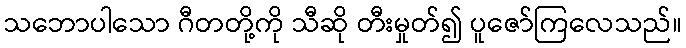
သဘောပါသော ဂီတတို့ကို သီဆို တီးမှုတ်၍ ပူဇော်ကြလေသည်။